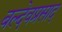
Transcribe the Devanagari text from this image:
बल्देवप्रसाद